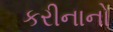
કરીનાનો